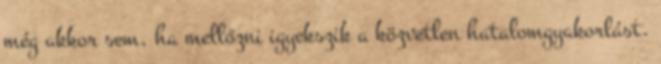
még akkor sem, ha mellőzni igyekszik a közvetlen hatalomgyakorlást.